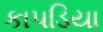
કાપડિયા